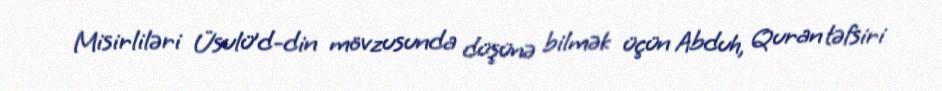
Misirliləri Üsulü’d-din mövzusunda düşünə bilmək üçün Abduh, Quran təfsiri